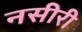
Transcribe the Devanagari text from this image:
नसीरी